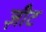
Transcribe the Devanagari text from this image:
ज़ीट